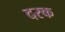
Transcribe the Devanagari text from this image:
दरक